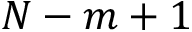
N - m + 1